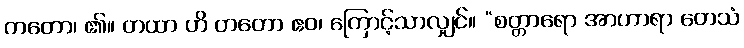
ကတော၊ ၏။ တထာ ဟိ တတော ဧဝ၊ ကြောင့်သာလျှင်။ “စတ္တာရော အာဟာရာ တေသံ